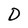
Character: D